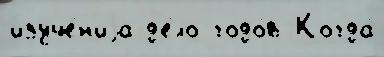
изуче́н'иjа д'е́ло годо́в Когда́